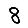
Digit: 8